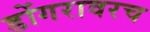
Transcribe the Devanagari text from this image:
डोंगरावरच